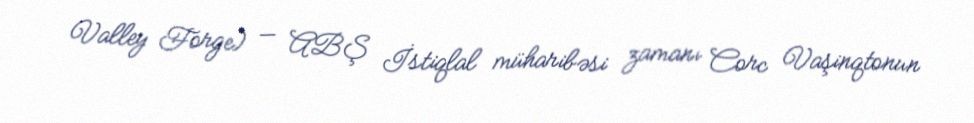
Valley Forge) — ABŞ İstiqlal müharibəsi zamanı Corc Vaşinqtonun